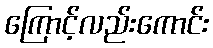
ကြောင့်လည်းကောင်း